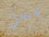
بمحل